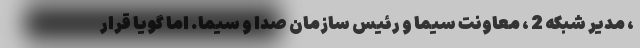
، مدیر شبکه 2 ، معاونت سیما و رئیس سازمان صدا و سیما. اما گویا قرار